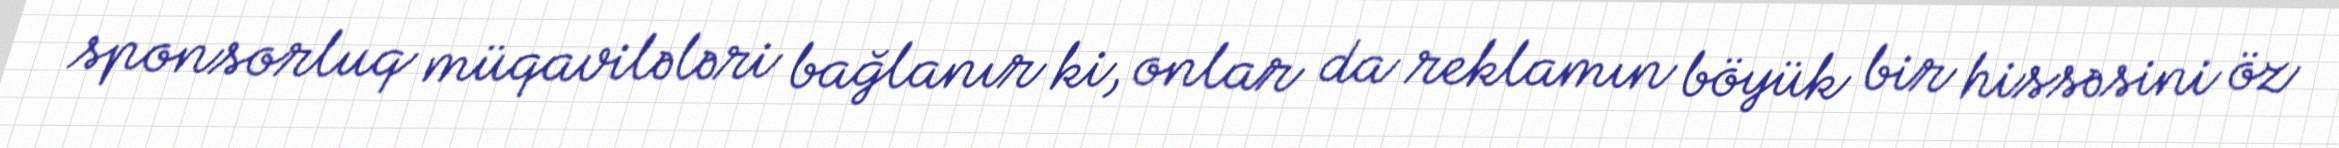
sponsorluq müqavilələri bağlanır ki, onlar da reklamın böyük bir hissəsini öz